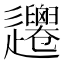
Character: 𨙞